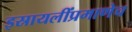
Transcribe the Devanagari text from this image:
इस्रायलींप्रमाणेच